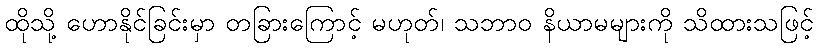
ထိုသို့ ဟောနိုင်ခြင်းမှာ တခြားကြောင့် မဟုတ်၊ သဘာဝ နိယာမများကို သိထားသဖြင့်